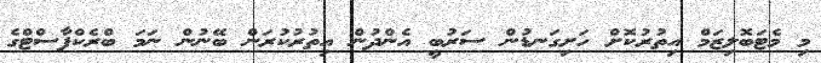
މި މެޓަބޮލިޒަމް އިތުރުކޮށް ހަށިގަނޑުން ސަރުބީ އެންދުން އިތުރުކުރަން ބޭނުން ނަމަ ބްރެކްފާސްޓްގެ